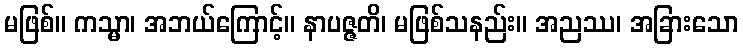
မဖြစ်။ ကသ္မာ၊ အဘယ်ကြောင့်။ နာပဇ္ဇတိ၊ မဖြစ်သနည်း။ အညဿ၊ အခြားသော